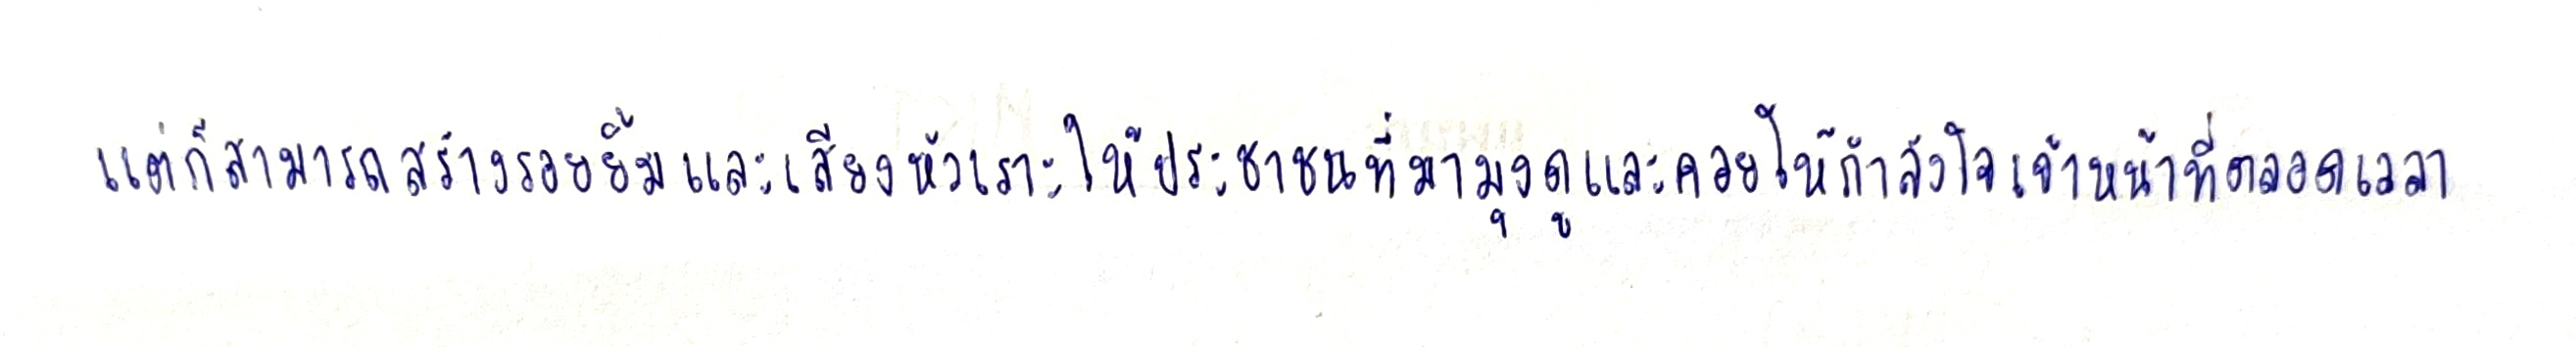
แต่ก็สามารถสร้างรอยยิ้มและเสียงหัวเราะให้ประชาชนที่มามุงดูและคอยให้กำลังใจเจ้าหน้าที่ตลอดเวลา